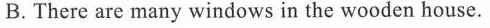
B.There are many windows in the wooden house.